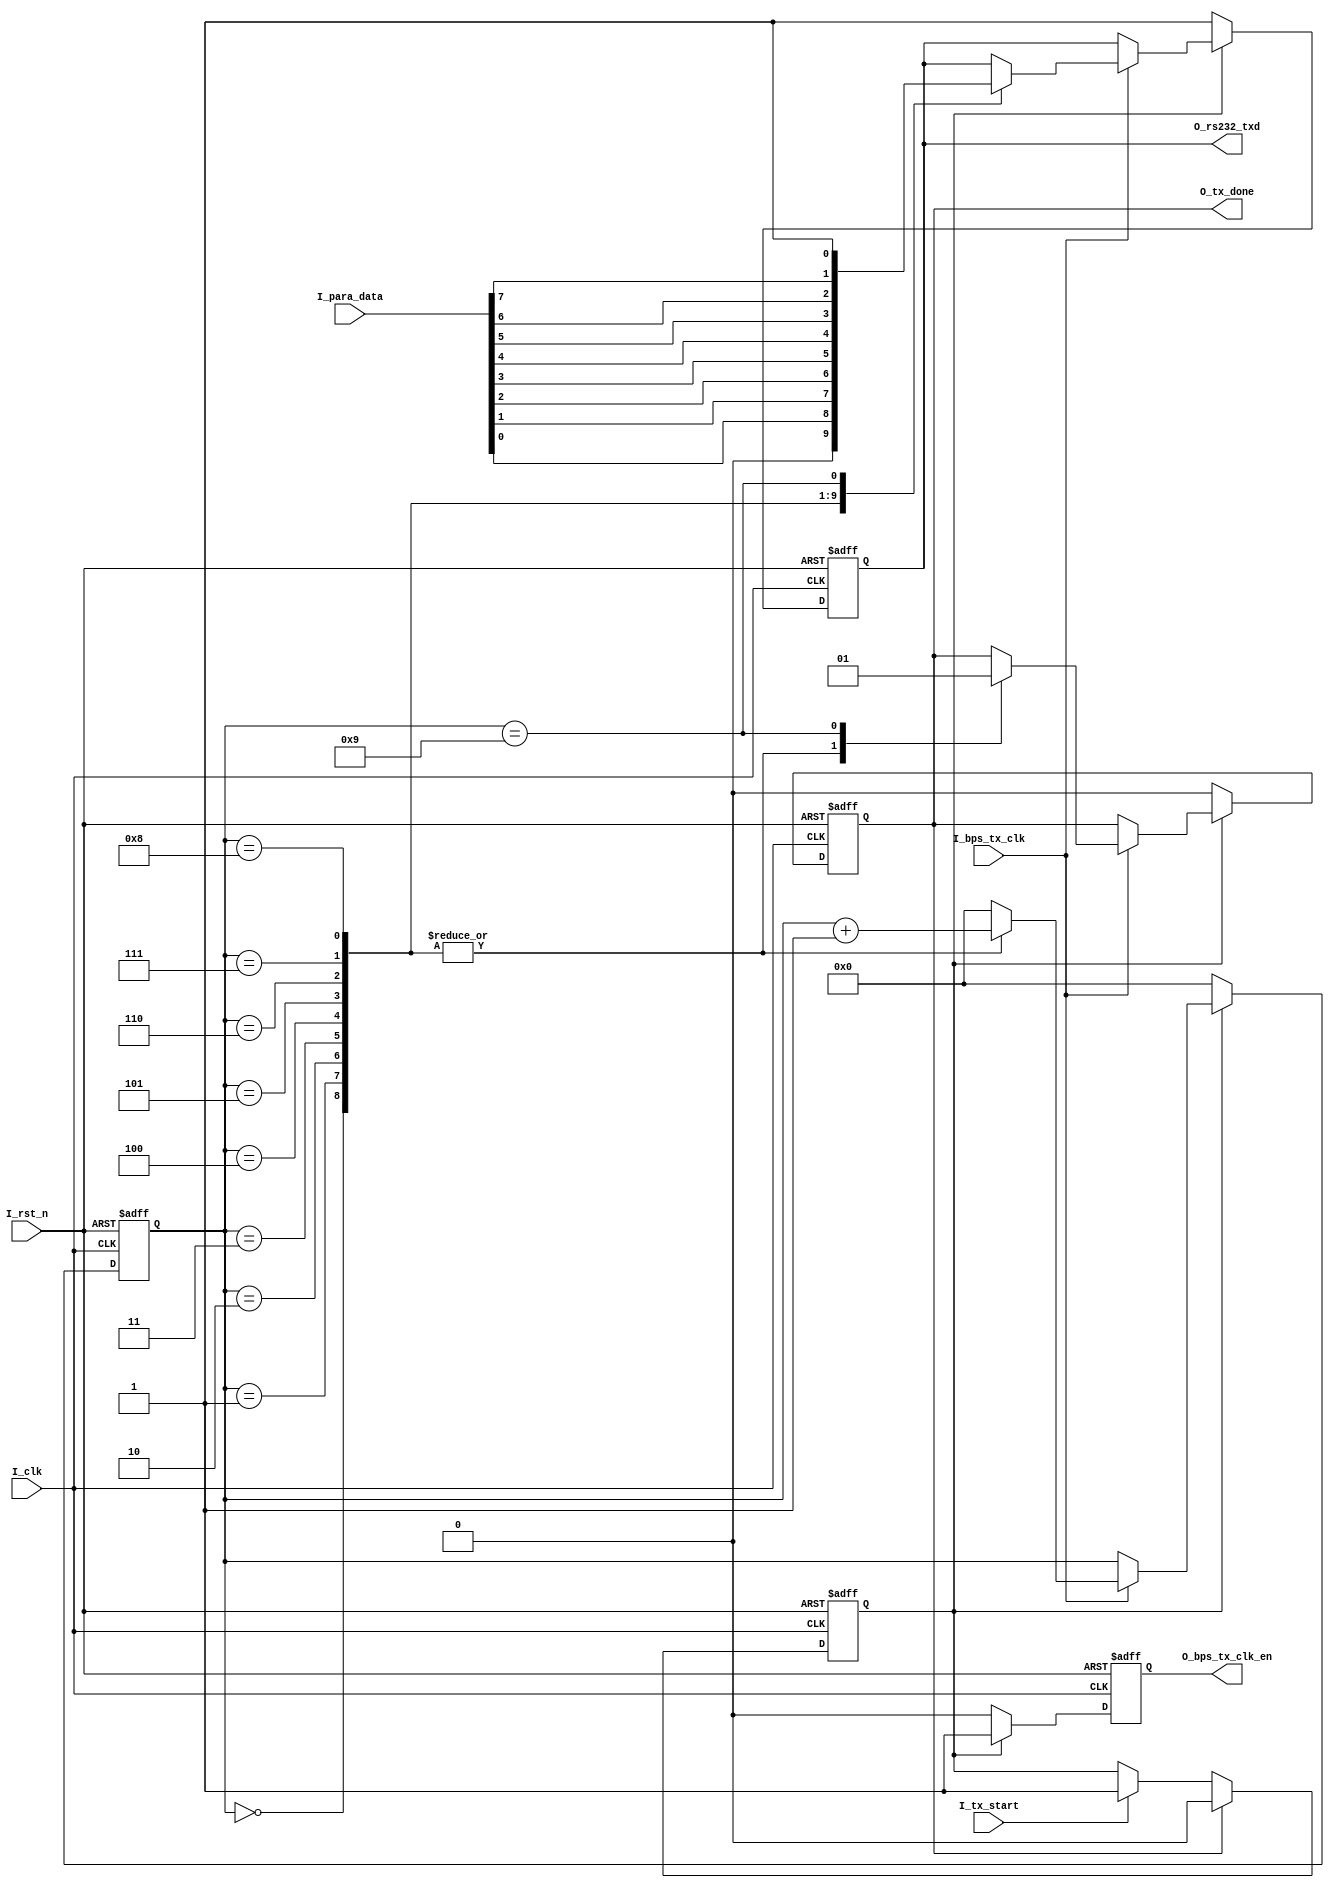
`timescale 1ns / 1ps
//////////////////////////////////////////////////////////////////////////////////
// Company: 
// Engineer: 
// 
// Design Name: 
// Module Name: uart_txd
// Project Name: 
// Target Devices: 
// Tool Versions: 
// Description: 
// 
// Dependencies: 
// 
// Revision:
// Revision 0.01 - File Created
// Additional Comments:
// 
//////////////////////////////////////////////////////////////////////////////////


module uart_txd
(
    input          I_clk           , //50MHz
    input          I_rst_n         , // 
    input          I_tx_start      , // 
    input          I_bps_tx_clk    , // 
    input   [7:0]  I_para_data     , // 
    output  reg    O_rs232_txd     , // 
    output  reg    O_bps_tx_clk_en , // 
    output  reg    O_tx_done         // 
);

reg  [3:0]  R_state ;

reg R_transmiting ; // 

/////////////////////////////////////////////////////////////////////////////
//  R_transmiting 
/////////////////////////////////////////////////////////////////////////////
always @(posedge I_clk or negedge I_rst_n)
begin
    if(!I_rst_n)
        R_transmiting <= 1'b0 ;
    else if(O_tx_done)
        R_transmiting <= 1'b0 ;
    else if(I_tx_start)
        R_transmiting <= 1'b1 ;          
end

/////////////////////////////////////////////////////////////////////////////
// 
/////////////////////////////////////////////////////////////////////////////
always @(posedge I_clk or negedge I_rst_n)
begin
    if(!I_rst_n)
        begin
            R_state      <= 4'd0 ;
            O_rs232_txd  <= 1'b1 ; 
            O_tx_done    <= 1'b0 ;
            O_bps_tx_clk_en <= 1'b0 ;
        end 
    else if(R_transmiting)
        begin
            O_bps_tx_clk_en <= 1'b1 ;
            if(I_bps_tx_clk)
                begin
                    case(R_state)
                        4'd0  :
                            begin
                                O_rs232_txd  <= 1'b0            ;
                                O_tx_done    <= 1'b0            ; 
                                R_state      <= R_state + 1'b1  ;
                            end
                        4'd1  : //I_para_data[0]
                            begin
                                O_rs232_txd  <= I_para_data[0]  ;
                                O_tx_done    <= 1'b0            ; 
                                R_state      <= R_state + 1'b1  ;
                            end 
                        4'd2  : //I_para_data[1]
                            begin
                                O_rs232_txd  <= I_para_data[1]   ;
                                O_tx_done    <= 1'b0             ; 
                                R_state      <= R_state + 1'b1   ;
                            end
                        4'd3  : //I_para_data[2]
                            begin
                                O_rs232_txd  <= I_para_data[2]   ;
                                O_tx_done    <= 1'b0             ; 
                                R_state      <= R_state + 1'b1   ;
                            end
                        4'd4  : //I_para_data[3]
                            begin
                                O_rs232_txd  <= I_para_data[3]   ;
                                O_tx_done    <= 1'b0             ; 
                                R_state      <= R_state + 1'b1   ;
                            end 
                        4'd5  : //I_para_data[4]
                            begin
                                O_rs232_txd  <= I_para_data[4]   ;
                                O_tx_done    <= 1'b0             ; 
                                R_state      <= R_state + 1'b1   ;
                            end
                        4'd6  : //I_para_data[5]
                            begin
                                O_rs232_txd  <= I_para_data[5]   ;
                                O_tx_done    <= 1'b0             ; 
                                R_state      <= R_state + 1'b1   ;
                            end
                        4'd7  : //I_para_data[6]
                            begin
                                O_rs232_txd  <= I_para_data[6]   ;
                                O_tx_done    <= 1'b0             ; 
                                R_state      <= R_state + 1'b1   ;
                            end
                        4'd8  : //I_para_data[7]
                            begin
                                O_rs232_txd  <= I_para_data[7]   ;
                                O_tx_done    <= 1'b0             ; 
                                R_state      <= R_state + 1'b1   ;
                            end 
                        4'd9  : //end
                            begin
                                O_rs232_txd  <= 1'b1 ;
                                O_tx_done      <= 1'b1 ; 
                                R_state           <= 4'd0 ;
                            end
                        default :R_state      <= 4'd0 ;
                endcase 
            end 
        end 
    else 
        begin 
            O_bps_tx_clk_en <= 1'b0  ;
            R_state               <= 4'd0  ; 
            O_tx_done         <= 1'b0  ; 
            O_rs232_txd     <= 1'b1  ;  
         end 
end 

endmodule